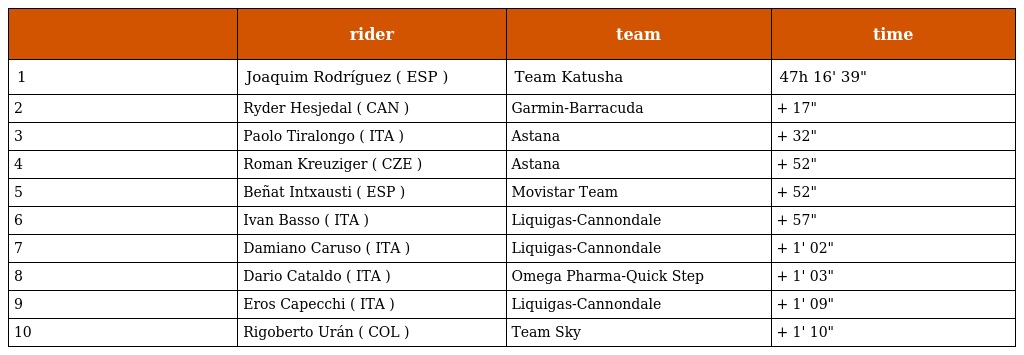
|  | rider | team | time |
 | --- | --- | --- | --- |
 | 1 | Joaquim Rodríguez ( ESP ) | Team Katusha | 47h 16' 39" |
 | 2 | Ryder Hesjedal ( CAN ) | Garmin-Barracuda | + 17" |
 | 3 | Paolo Tiralongo ( ITA ) | Astana | + 32" |
 | 4 | Roman Kreuziger ( CZE ) | Astana | + 52" |
 | 5 | Beñat Intxausti ( ESP ) | Movistar Team | + 52" |
 | 6 | Ivan Basso ( ITA ) | Liquigas-Cannondale | + 57" |
 | 7 | Damiano Caruso ( ITA ) | Liquigas-Cannondale | + 1' 02" |
 | 8 | Dario Cataldo ( ITA ) | Omega Pharma-Quick Step | + 1' 03" |
 | 9 | Eros Capecchi ( ITA ) | Liquigas-Cannondale | + 1' 09" |
 | 10 | Rigoberto Urán ( COL ) | Team Sky | + 1' 10" |